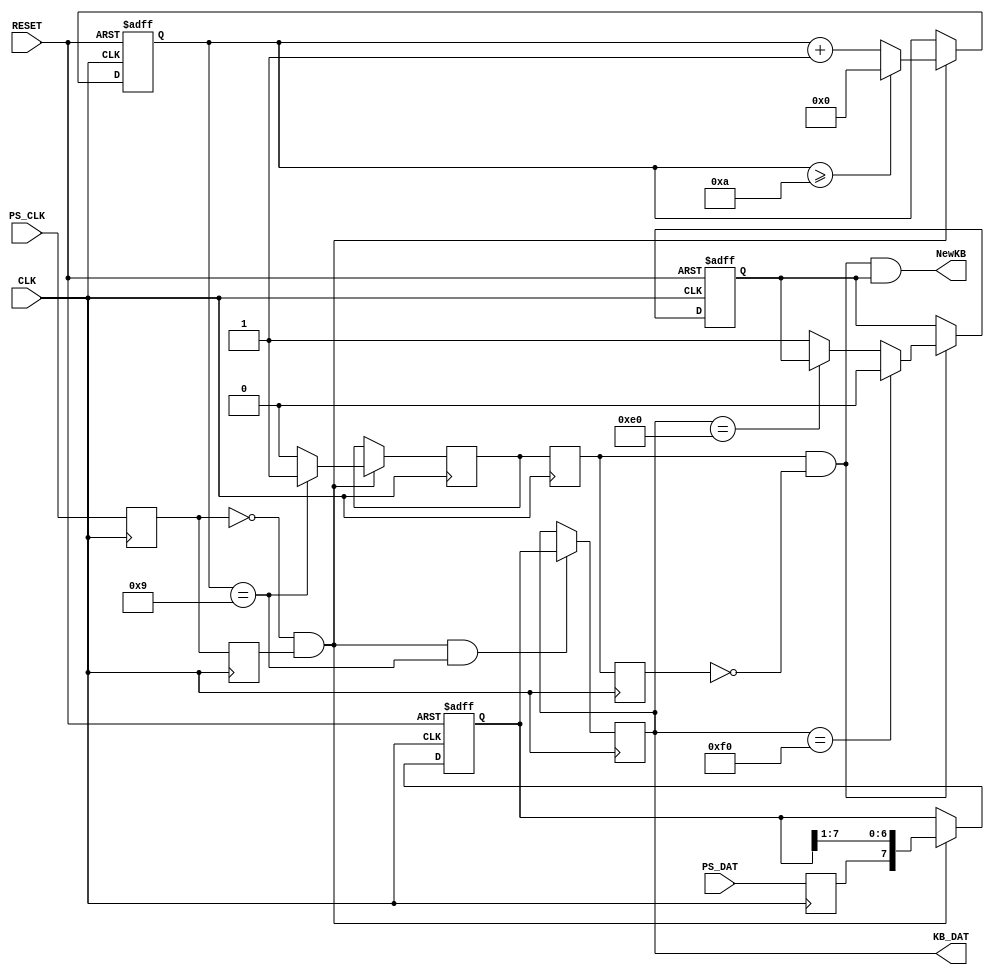
module RxKB(PS_CLK, PS_DAT, CLK, RESET, NewKB, KB_DAT);
input 		PS_CLK, PS_DAT, CLK, RESET;
output 		NewKB;
output 	[7:0] 	KB_DAT;

reg	[3:0]	psCnt;
reg	[7:0]	kbShift, KB_DAT;
reg		NewKB1, NewKB1D1, NewKB1D2;
wire		NewKB2, NewKB;
reg		validDat;

// PS_CLK & PS_DAT Sampling at CLK
reg		sPSCLK, sPSCLKD1, sPSDAT;

always @(posedge CLK)
begin
	sPSCLK <= PS_CLK;
	sPSCLKD1 <= sPSCLK;
	sPSDAT <= PS_DAT;
end

wire negPSCLK;

assign negPSCLK = ~sPSCLK & sPSCLKD1;


always @(posedge CLK or negedge RESET)
begin
	if (RESET == 1'b0)
		psCnt <= 4'd0;
	else if (negPSCLK == 1'b1)
	begin
		if (psCnt >= 4'd10)
			psCnt <= 4'd0;
		else
			psCnt <= psCnt + 4'd1;
	end
end

always @(posedge CLK or negedge RESET)
begin
	if (RESET == 1'b0)
		kbShift <= 8'd0;
	else if (negPSCLK == 1'b1)
		kbShift <= {sPSDAT, kbShift[7:1]};
end

always @(posedge CLK)
begin
	if (negPSCLK == 1'b1 && psCnt == 4'd9)
		KB_DAT <= kbShift;
end

always @(posedge CLK)
begin
	if (negPSCLK == 1'b1)
	begin
		if (psCnt == 4'd9)
			NewKB1 <= 1'b1;
		else
			NewKB1 <= 1'b0;
	end
end

always @(posedge CLK)
begin
	NewKB1D1 <= NewKB1;
	NewKB1D2 <= NewKB1D1;
end

assign NewKB2 = NewKB1D1 & ~NewKB1D2;

always @(posedge CLK or negedge RESET)
begin
	if (RESET == 1'b0)
		validDat <= 1'b1;
	else if (NewKB2 == 1'b1)
		if (KB_DAT == 8'hf0)
			validDat <= 1'b0;
		else if (KB_DAT == 8'hE0)
			validDat <= validDat;
		else
			validDat <= 1'b1;
end

assign NewKB = NewKB2 & validDat;
endmodule